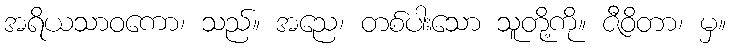
အရိယသာဝကော၊ သည်။ အညေ၊ တစ်ပါးသော သူတို့ကို။ ဇီဝိတာ၊ မှ။